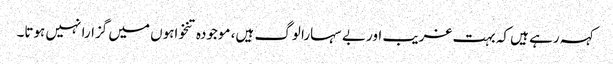
کہہ رہے ہیں کہ بہت غریب اور بے سہارا لوگ ہیں، موجودہ تنخواہوں میں گزارا نہیں ہوتا۔